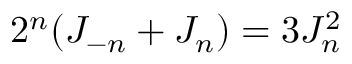
2 ^ { n } ( J _ { - n } + J _ { n } ) = 3 J _ { n } ^ { 2 }